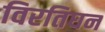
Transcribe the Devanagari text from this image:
विरतिघन